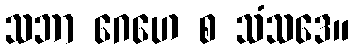
သဘာ ဂေဟေ စ သံသဒေ။